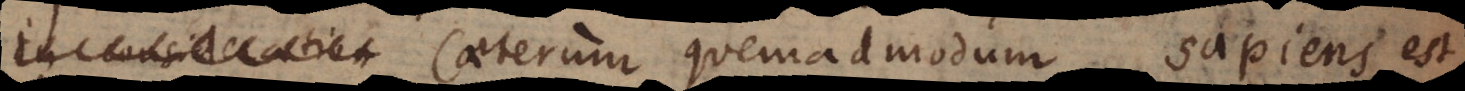
similiter. Caeterum quemadmodum sapiens est